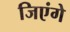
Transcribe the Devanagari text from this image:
जिएंगे